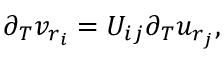
\partial _ { T } v _ { r _ { i } } = U _ { i j } \partial _ { T } u _ { r _ { j } } ,